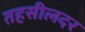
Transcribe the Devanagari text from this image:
तहसीलदर